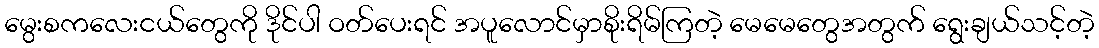
မွေးစကလေးငယ်တွေကို ဒိုင်ပါ ဝတ်ပေးရင် အပူလောင်မှာစိုးရိမ်ကြတဲ့ မေမေတွေအတွက် ရွေးချယ်သင့်တဲ့